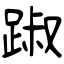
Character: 踧